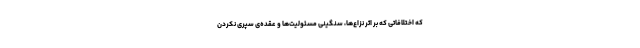
که اختلافاتی که بر اثر نزاع‌ها، سنگینی مسئولیت‌ها و عقده‌ی سپری نکردن